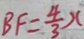
B F = \frac { 4 } { 3 } x